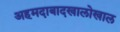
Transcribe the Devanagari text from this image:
अहमदाबादखालोखाल